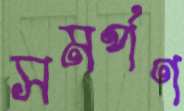
সমর্পণ